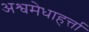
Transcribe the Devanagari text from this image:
अश्वमेधाहर्त्ता